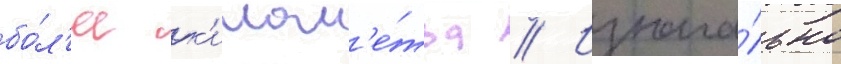
бо́л'ее к'илом'е́тра // Изнача́льно